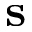
\textbf { s }